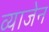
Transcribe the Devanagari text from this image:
व्याजेन